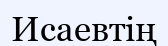
Исаевтің